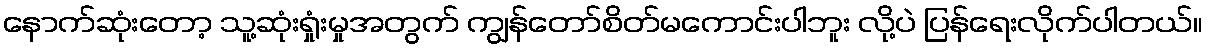
နောက်ဆုံးတော့ သူ့ဆုံးရှုံးမှုအတွက် ကျွန်တော်စိတ်မကောင်းပါဘူး လို့ပဲ ပြန်ရေးလိုက်ပါတယ်။